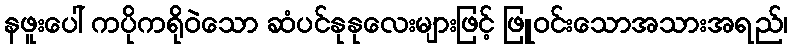
နဖူးပေါ် ကပိုကရိုဝဲသော ဆံပင်နုနုလေးများဖြင့် ဖြူဝင်းသောအသားအရည်၊